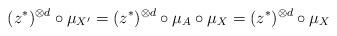
LaTeX: \begin{align*} (z^*)^{\otimes d}\circ \mu_{X'} = (z^*)^{\otimes d}\circ \mu_A \circ \mu_X = (z^*)^{\otimes d}\circ \mu_X \end{align*}